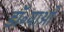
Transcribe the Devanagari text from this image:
डॉ॰याओ